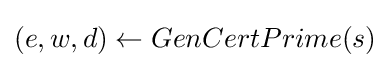
(e,w,d)\leftarrow GenCertPrime(s)